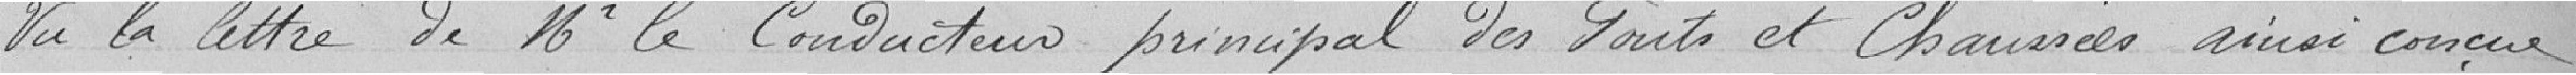
Vu la lettre de Monsieur le Conducteur principal des Ponts et Chaussées ainsi conçue